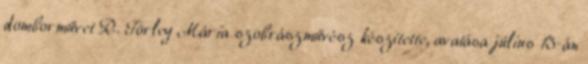
domborművet R. Törley Mária szobrászművész készítette, avatása július 13-án